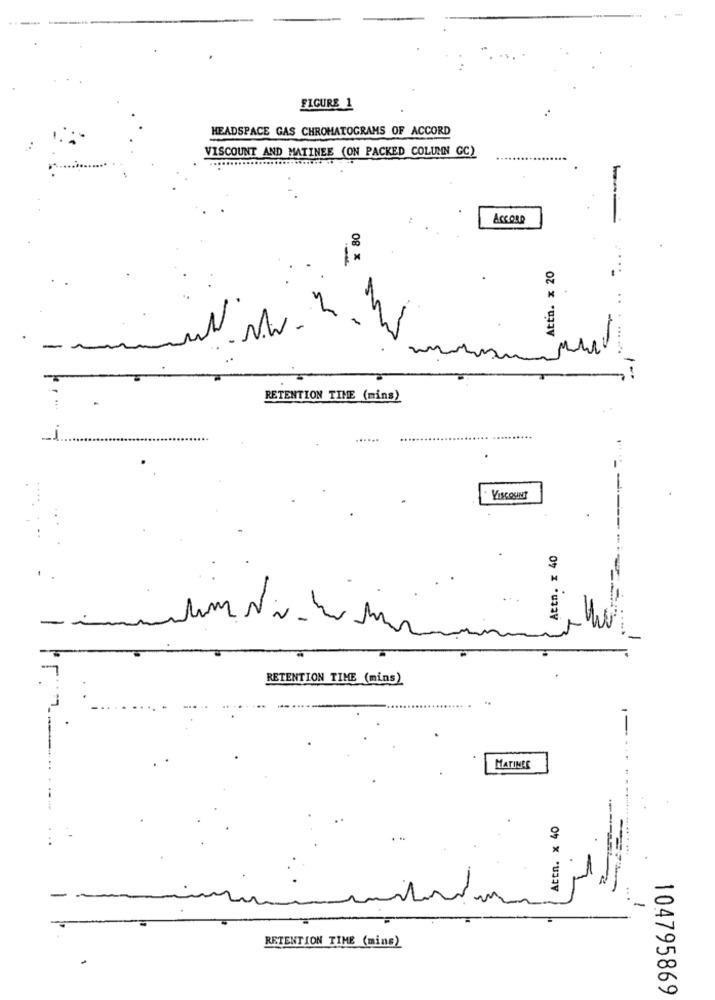
FIGURE 1
HEADSPACE GAS CHROMATOGRAMS OF ACCORD
VISCOUNT AND MATINEE (ON PACKED COLUMN GC)
ACCORD
× 80
-
Attn. x 20
..
L
un.N.W.
RETENTION TIME (mins)
......
VISCOUNT
Attn. x 40
RETENTION TIME (mins)
MATINEE
Attn. x 40
... ..... .....
RETENTION TIME (mins)
104795869